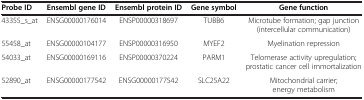
<table><thead><tr><td><b>Probe ID</b></td><td><b>Ensembl gene ID</b></td><td><b>Ensembl protein ID</b></td><td><b>Gene symbol</b></td><td><b>Gene function</b></td></tr></thead><tbody><tr><td>43355_s_at</td><td>ENSG00000176014</td><td>ENSP00000318697</td><td>TUBB6</td><td>Microtube formation; gap junction (intercellular communication)</td></tr><tr><td>55458_at</td><td>ENSG00000104177</td><td>ENSP00000316950</td><td>MYEF2</td><td>Myelination repression</td></tr><tr><td>54033_at</td><td>ENSG00000169116</td><td>ENSP00000370224</td><td>PARM1</td><td>Telomerase activity upregulation; prostatic cancer cell immortalization</td></tr><tr><td>52890_at</td><td>ENSG00000177542</td><td>ENSG00000177542</td><td>SLC25A22</td><td>Mitochondrial carrier; energy metabolism</td></tr></tbody></table>